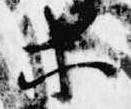
等